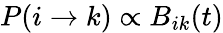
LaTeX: P(i\xrightarrow{}k)\propto B_{ik}(t)